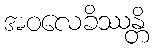
အဝလေခိဿန္တိ